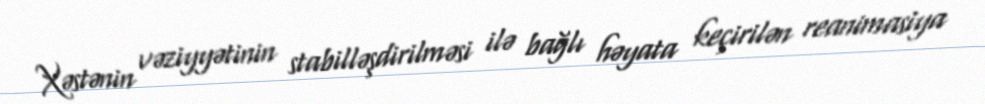
Xəstənin vəziyyətinin stabilləşdirilməsi ilə bağlı həyata keçirilən reanimasiya